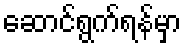
ဆောင်ရွက်ရန်မှာ